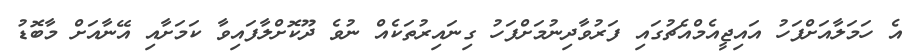
އެ ހަމަލާއަށްފަހު އައިޖީއެމްއެޗުގައި ފަރުވާދިނުމަށްފަހު ގިނައިރުތަކެއް ނުވެ ދޫކޮށްލާފައިވާ ކަމަށާއި އޭނާއަށް މާބޮޑު